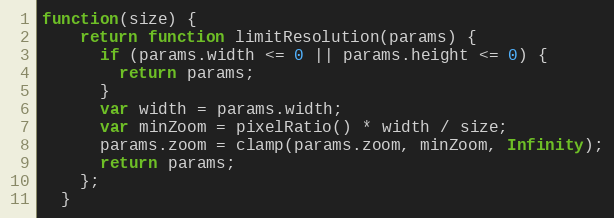
Language: JavaScript
function(size) {
    return function limitResolution(params) {
      if (params.width <= 0 || params.height <= 0) {
        return params;
      }
      var width = params.width;
      var minZoom = pixelRatio() * width / size;
      params.zoom = clamp(params.zoom, minZoom, Infinity);
      return params;
    };
  }